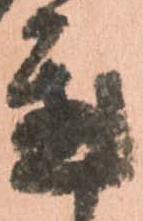
置